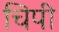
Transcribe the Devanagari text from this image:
चिपी